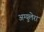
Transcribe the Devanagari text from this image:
अग्युलेरा